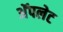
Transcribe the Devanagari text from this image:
अॅपलेट